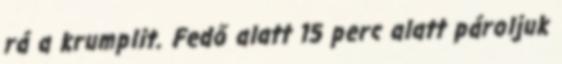
rá a krumplit. Fedő alatt 15 perc alatt pároljuk